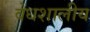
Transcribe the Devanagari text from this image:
वेधशालीय